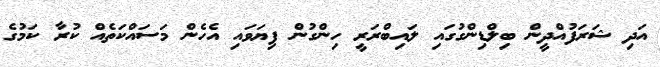
އަދި ޝަރަފުއްދީން ބިލްޑިންގުގައި ލައިބްރަރީ ހިންގުން ފިޔަވައި އެހެން މަސައްކަތެއް ކުރާ ކަމުގެ